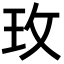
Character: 玫